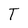
Character: T